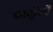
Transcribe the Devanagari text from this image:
वास्‍तुविदों